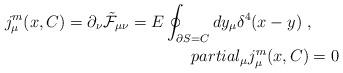
LaTeX: \begin{align*}j^{m}_{\mu } (x,C) = \partial_{\nu } \tilde{ {\cal F} }_{\mu \nu } = E \oint_{\partial S =C} dy_{\mu } \delta^{4} (x-y) \ , \ \ \ \ \ \\partial_{\mu } j_{\mu }^{m} (x,C) = 0\end{align*}